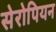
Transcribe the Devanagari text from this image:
सेरोपियन